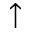
\uparrow